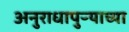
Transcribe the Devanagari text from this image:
अनुराधापुऱ्याच्या